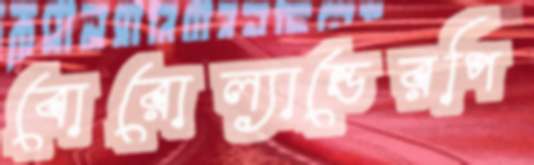
বোরোল্যান্ডেরপি